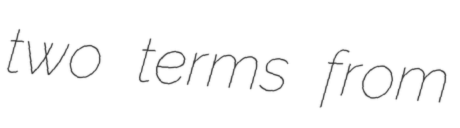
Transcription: two terms from